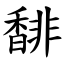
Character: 馡